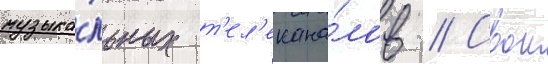
музыка́льных т'ел'екана́лов // Свои